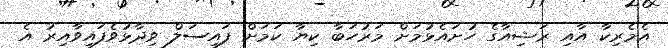
އެމެރިކާ އާއި ރަޝިއާގެ ހުށައެޅުމަށް މަރުހަބާ ކިޔާ ކަމަށް ފައިސަލް ވިދާޅުވެފައިވާއިރު އެ